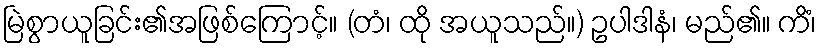
မြဲစွာယူခြင်း၏အဖြစ်ကြောင့်။ (တံ၊ ထို အယူသည်။) ဥပါဒါနံ၊ မည်၏။ ကိံ၊